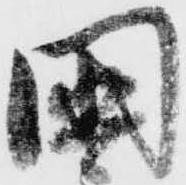
国